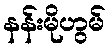
နန်းမိုဟွမ်